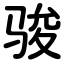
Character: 骏